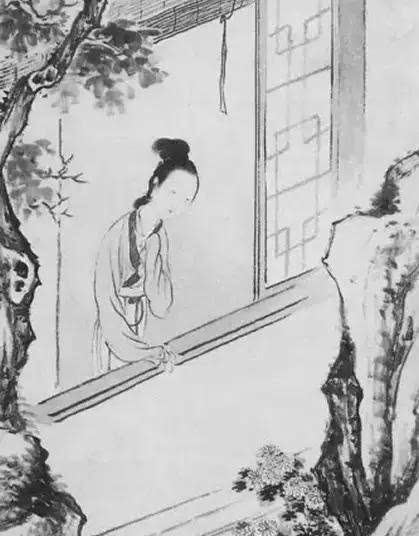
两鬓可怜青，只为相思老。